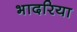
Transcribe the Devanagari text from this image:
भादरिया